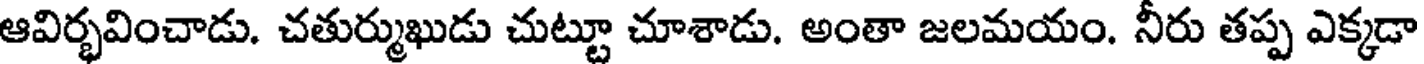
ఆవిర్భవించాడు. చతుర్ముఖుడు చుట్టూ చూశాడు. అంతా జలమయం. నీరు తప్ప ఎక్కడా